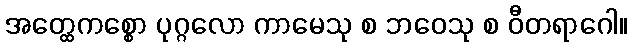
အတ္ထေကစ္စော ပုဂ္ဂလော ကာမေသု စ ဘဝေသု စ ဝီတရာဂေါ။